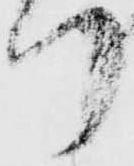
り